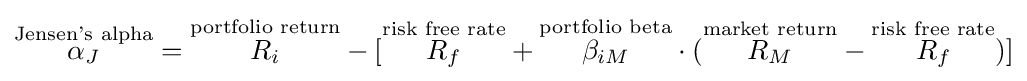
{\overset {\text{Jensen's alpha}}{\alpha _{J}}}={\overset {\text{portfolio return}}{R_{i}}}-[{\overset {\text{risk free rate}}{R_{f}}}+{\overset {\text{portfolio beta}}{\beta _{iM}}}\cdot ({\overset {\text{market return}}{R_{M}}}-{\overset {\text{risk free rate}}{R_{f}}})]